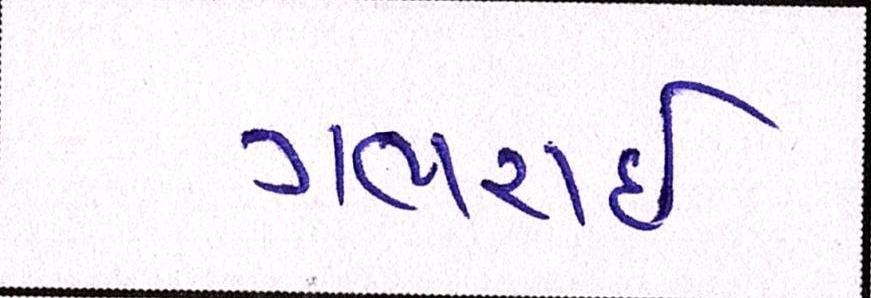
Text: ગભરાઇ